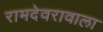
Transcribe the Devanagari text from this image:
रामदेवरावाला